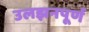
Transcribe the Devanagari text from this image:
उलझनपूर्ण